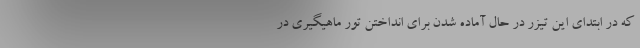
که در ابتدای این تیزر در حال آماده شدن برای انداختن تور ماهیگیری در